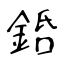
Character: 銽